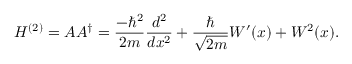
H ^ { ( 2 ) } = A A ^ { \dagger } = { \frac { - \hbar ^ { 2 } } { 2 m } } { \frac { d ^ { 2 } } { d x ^ { 2 } } } + { \frac { \hbar } { \sqrt { 2 m } } } W ^ { \prime } ( x ) + W ^ { 2 } ( x ) .